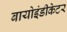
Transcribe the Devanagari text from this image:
बायोइंडीकेटर